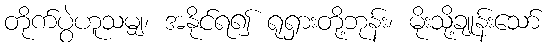
တိုက်ပွဲဟူသမျှ၊ အနိုင်ရ၍ ရုရှားတို့ဘုန်း၊ မိုးသို့ချုန်းသော်